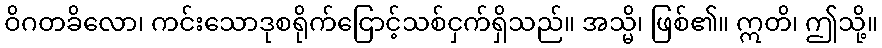
ဝိဂတခိလော၊ ကင်းသောဒုစရိုက်ငြောင့်သစ်ငှက်ရှိသည်။ အသ္မိ၊ ဖြစ်၏။ ဣတိ၊ ဤသို့။